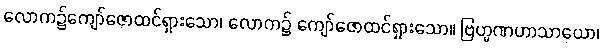
လောက၌ကျော်ဇောထင်ရှားသော၊ လောက၌ ကျော်ဇောထင်ရှားသော။ ဗြဟ္မဏဟာသာယော၊